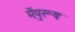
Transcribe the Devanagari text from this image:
मेंपुरूष